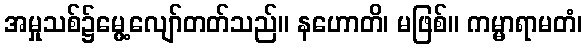
အမှုသစ်၌မွေ့လျော်တတ်သည်။ နဟောတိ၊ မဖြစ်။ ကမ္မာရာမတံ၊